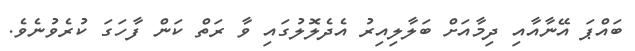
ބައްޕަ އޭނާއާއި ދިމާއަށް ބަލާލިއިރު އެދެލޮލުގައި ވާ ރަތް ކަން ފާހަގަ ކުރެވުނެވެ.